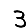
Digit: 3